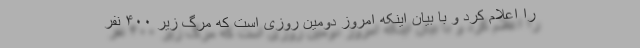
را اعلام کرد و با بیان اینکه امروز دومین روزی است که مرگ زیر ۴۰۰ نفر